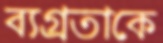
ব্যগ্রতাকে